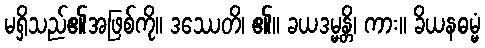
မရှိသည်၏အဖြစ်ကို။ ဒဿေတိ၊ ၏။ ခယဒမ္မန္တိ၊ ကား။ ခိယနဓမ္မံ